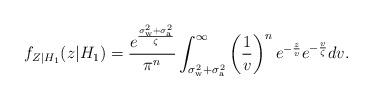
LaTeX: \begin{align*}f_{Z|H_1}(z | H_1)&=\frac{e^{\frac{\sigma_{\mathrm{w}}^2+\sigma_{\mathrm{a}}^2}{\zeta}}}{\pi^{n}}\int_{\sigma_{\mathrm{w}}^2+\sigma_{\mathrm{a}}^2}^{\infty} \left ( \frac{1}{v}\right)^{n} e^{-\frac{z}{v}} e^{-\frac{v}{\zeta}} dv. \end{align*}